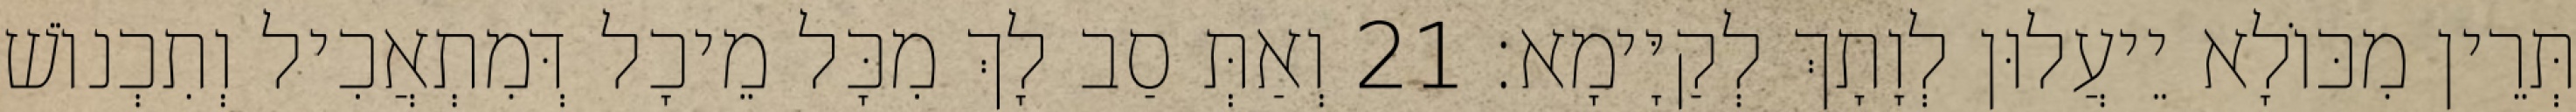
תְּרֵין מִכּוֹלָא יֵיעֲלוּן לְוָתָךְ לְקַיָּימָא׃ 21 וְאַתְּ סַב לָךְ מִכָּל מֵיכָל דְּמִתְאֲכִיל וְתִכְנוֹשׁ